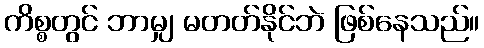
ကိစ္စတွင် ဘာမျှ မတတ်နိုင်ဘဲ ဖြစ်နေသည်။